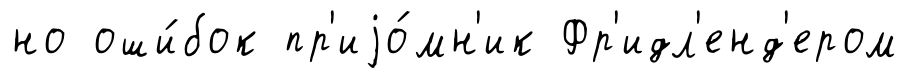
но оши́бок пр'иjо́мн'ик Фр'идл'енд'ером